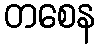
တစေန